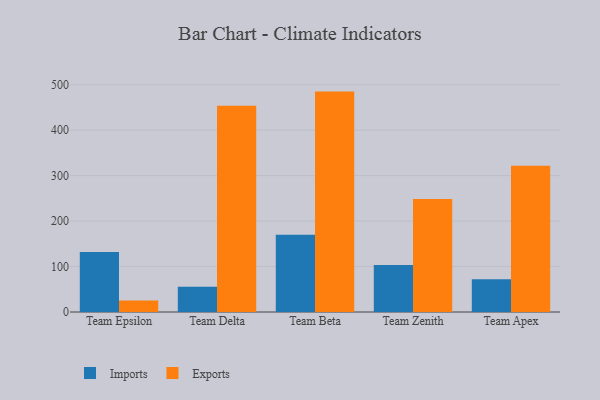
{"axis": {"x": "Team", "y": "Customer Acquisition Cost (USD)"}, "legend": ["Exports", "Imports"], "data": [{"x": "Team Epsilon", "y": 132.0, "type": "Imports"}, {"x": "Team Epsilon", "y": 25.1, "type": "Exports"}, {"x": "Team Delta", "y": 55.8, "type": "Imports"}, {"x": "Team Delta", "y": 453.8, "type": "Exports"}, {"x": "Team Beta", "y": 170.0, "type": "Imports"}, {"x": "Team Beta", "y": 484.8, "type": "Exports"}, {"x": "Team Zenith", "y": 103.3, "type": "Imports"}, {"x": "Team Zenith", "y": 248.5, "type": "Exports"}, {"x": "Team Apex", "y": 71.9, "type": "Imports"}, {"x": "Team Apex", "y": 321.7, "type": "Exports"}]}